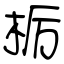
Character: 栃